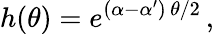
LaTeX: h(\theta)=e^{(\alpha-\alpha^{\prime})\, \theta/2}\, ,